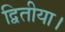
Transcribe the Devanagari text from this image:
द्वितीया।